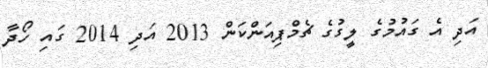
އަދި އެ ގައުމުގެ ލީގުގެ ޗެމްޕިއަންކަން 2013 އަދި 2014 ގައި ހޯދާ